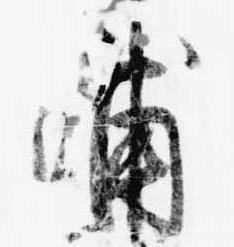
浦